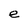
Character: e